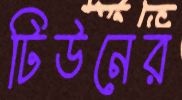
টিউনের